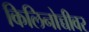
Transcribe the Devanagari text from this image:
किलिनोच्चीवर